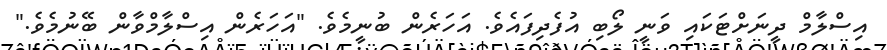
އިސްލާމް ދީނަށްޓަކައި ވަނީ ލޯބި އުފެދިފައެވެ. އަހަރެން ބުނީމެވެ. "އަހަރެން އިސްލާމްވާން ބޭނުމެވެ."